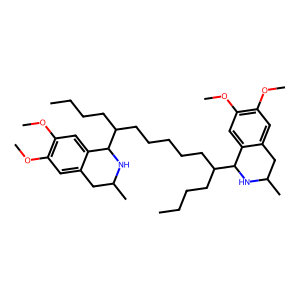
SMILES: CCCCC(CCCCCC(CCCC)C1NC(C)Cc2cc(OC)c(OC)cc21)C1NC(C)Cc2cc(OC)c(OC)cc21
Inhibits HIV replication: No